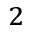
_ { 2 }